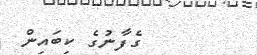
ގެފާނުގެ ކިބައިން